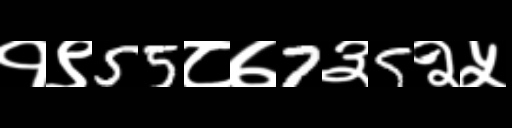
Text: १९55८७7३5२५